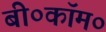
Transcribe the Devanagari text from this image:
बी०कॉम०